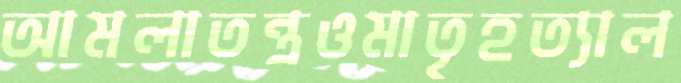
আমলাতন্ত্রওমাতৃহত্যাল